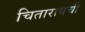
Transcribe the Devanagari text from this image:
चितारायची